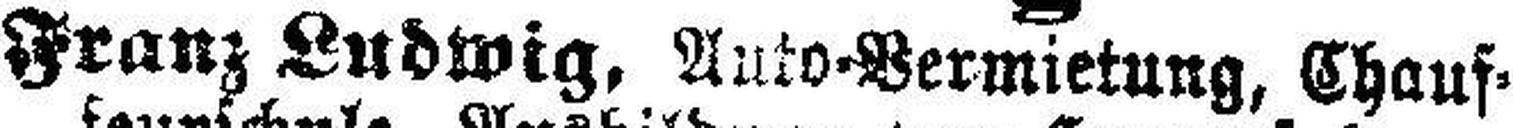
Franz Ludwig, Auto-Vermietung, Chauf¬